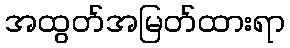
အထွတ်အမြတ်ထားရာ